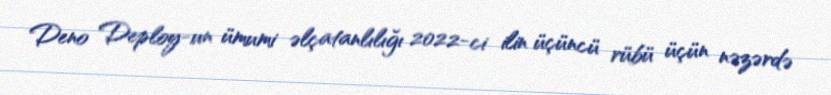
Deno Deploy-un ümumi əlçatanlılığı 2022-ci ilin üçüncü rübü üçün nəzərdə